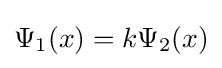
{\textstyle \Psi _{1}(x)=k\Psi _{2}(x)}